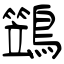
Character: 鷑